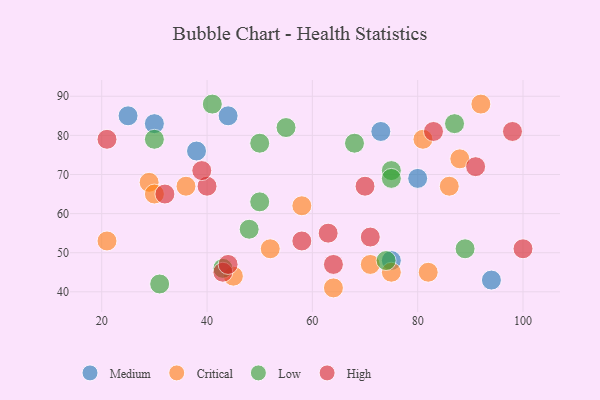
{"axis": {"x": "GDP", "y": "Life Expectancy"}, "legend": ["Critical", "High", "Low", "Medium"], "data": [{"x": "80", "y": 69, "type": "Medium"}, {"x": "30", "y": 83, "type": "Medium"}, {"x": "75", "y": 48, "type": "Medium"}, {"x": "25", "y": 85, "type": "Medium"}, {"x": "44", "y": 85, "type": "Medium"}, {"x": "94", "y": 43, "type": "Medium"}, {"x": "38", "y": 76, "type": "Medium"}, {"x": "73", "y": 81, "type": "Medium"}, {"x": "82", "y": 45, "type": "Critical"}, {"x": "71", "y": 47, "type": "Critical"}, {"x": "29", "y": 68, "type": "Critical"}, {"x": "21", "y": 53, "type": "Critical"}, {"x": "45", "y": 44, "type": "Critical"}, {"x": "88", "y": 74, "type": "Critical"}, {"x": "75", "y": 45, "type": "Critical"}, {"x": "86", "y": 67, "type": "Critical"}, {"x": "64", "y": 41, "type": "Critical"}, {"x": "81", "y": 79, "type": "Critical"}, {"x": "58", "y": 62, "type": "Critical"}, {"x": "52", "y": 51, "type": "Critical"}, {"x": "92", "y": 88, "type": "Critical"}, {"x": "36", "y": 67, "type": "Critical"}, {"x": "30", "y": 65, "type": "Critical"}, {"x": "68", "y": 78, "type": "Low"}, {"x": "41", "y": 88, "type": "Low"}, {"x": "55", "y": 82, "type": "Low"}, {"x": "50", "y": 63, "type": "Low"}, {"x": "43", "y": 46, "type": "Low"}, {"x": "31", "y": 42, "type": "Low"}, {"x": "75", "y": 71, "type": "Low"}, {"x": "30", "y": 79, "type": "Low"}, {"x": "89", "y": 51, "type": "Low"}, {"x": "48", "y": 56, "type": "Low"}, {"x": "50", "y": 78, "type": "Low"}, {"x": "87", "y": 83, "type": "Low"}, {"x": "74", "y": 48, "type": "Low"}, {"x": "75", "y": 69, "type": "Low"}, {"x": "43", "y": 45, "type": "High"}, {"x": "83", "y": 81, "type": "High"}, {"x": "58", "y": 53, "type": "High"}, {"x": "71", "y": 54, "type": "High"}, {"x": "44", "y": 47, "type": "High"}, {"x": "70", "y": 67, "type": "High"}, {"x": "63", "y": 55, "type": "High"}, {"x": "40", "y": 67, "type": "High"}, {"x": "64", "y": 47, "type": "High"}, {"x": "32", "y": 65, "type": "High"}, {"x": "100", "y": 51, "type": "High"}, {"x": "91", "y": 72, "type": "High"}, {"x": "98", "y": 81, "type": "High"}, {"x": "21", "y": 79, "type": "High"}, {"x": "39", "y": 71, "type": "High"}]}